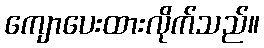
ကျောပေးထားလိုက်သည်။